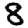
Digit: 8